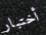
أختبار